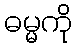
ဓမ္မကို